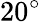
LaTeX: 20^{\circ}